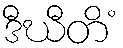
ဒီဃီတိံ